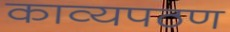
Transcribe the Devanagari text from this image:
काव्यपठण